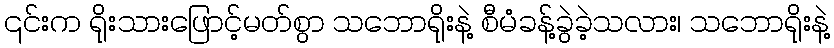
၎င်းက ရိုးသားဖြောင့်မတ်စွာ သဘောရိုးနဲ့ စီမံခန့်ခွဲခဲ့သလား၊ သဘောရိုးနဲ့